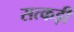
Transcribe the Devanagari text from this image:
सत्कड़ी